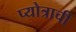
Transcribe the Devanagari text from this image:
प्योत्राची